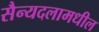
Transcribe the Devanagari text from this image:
सैन्यदलामधील